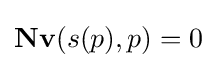
{\bf {N}}{\bf {v}}(s(p),p)=0